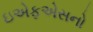
ઇએફએસનો